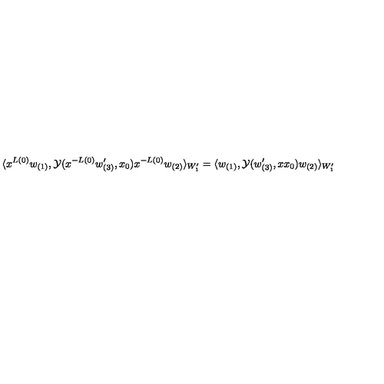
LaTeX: \langle x ^ { L ( 0 ) } w _ { ( 1 ) } , { \cal Y } ( x ^ { - L ( 0 ) } w _ { ( 3 ) } ^ { \prime } , x _ { 0 } ) x ^ { - L ( 0 ) } w _ { ( 2 ) } \rangle _ { W _ { 1 } ^ { \prime } } = \langle w _ { ( 1 ) } , { \cal Y } ( w _ { ( 3 ) } ^ { \prime } , x x _ { 0 } ) w _ { ( 2 ) } \rangle _ { W _ { 1 } ^ { \prime } }